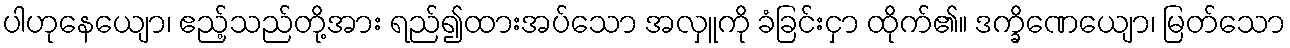
ပါဟုနေယျော၊ ဧည့်သည်တို့အား ရည်၍ထားအပ်သော အလှူကို ခံခြင်းငှာ ထိုက်၏။ ဒက္ခိဏေယျော၊ မြတ်သော